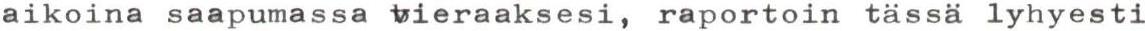
aikoina saapumassa vieraaksesi, raportoin tässä lyhyesti